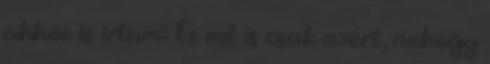
ahhoz is irtam: És ezt is csak azért, nehogy